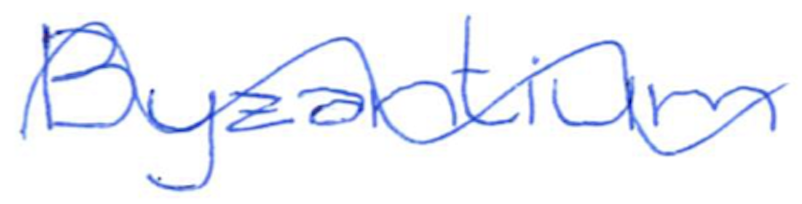
Text: Byzantium
Cross-out: wave
Writing tool: ballpoint